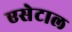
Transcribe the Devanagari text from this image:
एसेटाल